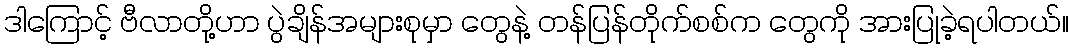
ဒါကြောင့် ဗီလာတို့ဟာ ပွဲချိန်အများစုမှာ တွေနဲ့ တန်ပြန်တိုက်စစ်က တွေကို အားပြုခဲ့ရပါတယ်။